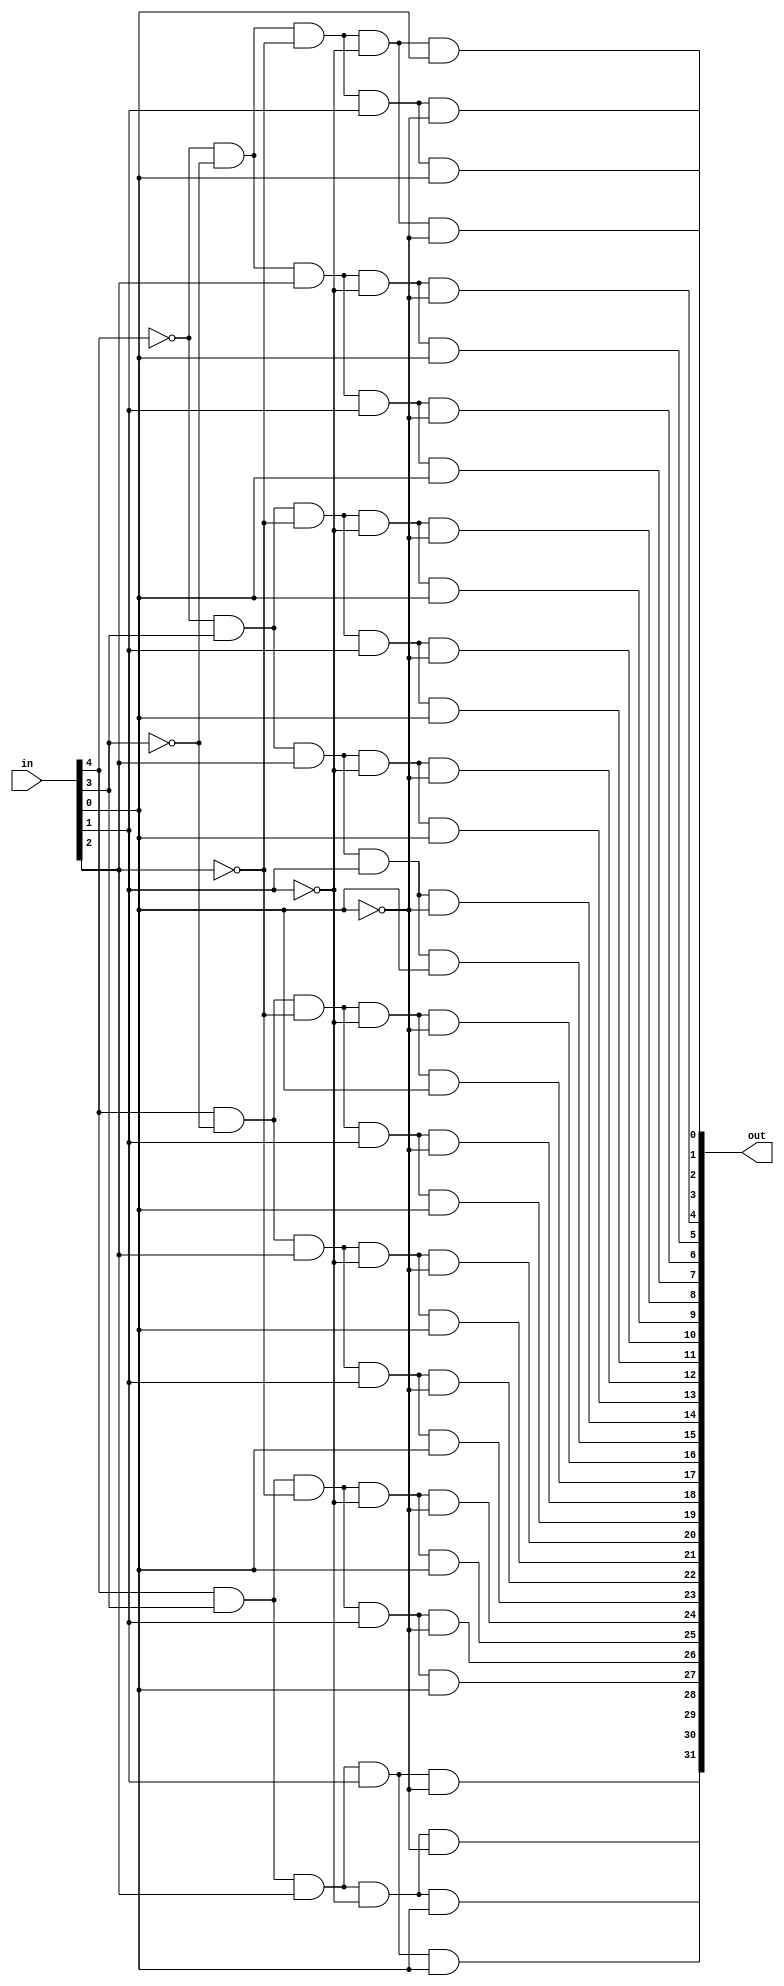
// Design a 5 to 32 decoder using behavioral level of abstraction.

module decoder_5to32(output [31:0] out,
                     input [4:0] in);

assign out[31] =   in[4]  &   in[3]  &   in[2]  &   in[1]  &   in[0] ;
assign out[30] =   in[4]  &   in[3]  &   in[2]  &   in[1]  & (~in[0]);
assign out[29] =   in[4]  &   in[3]  &   in[2]  & (~in[1]) &   in[0] ;
assign out[28] =   in[4]  &   in[3]  &   in[2]  & (~in[1]) & (~in[0]);
assign out[27] =   in[4]  &   in[3]  & (~in[2]) &   in[1]  &   in[0] ;
assign out[26] =   in[4]  &   in[3]  & (~in[2]) &   in[1]  & (~in[0]);
assign out[25] =   in[4]  &   in[3]  & (~in[2]) & (~in[1]) &   in[0] ;
assign out[24] =   in[4]  &   in[3]  & (~in[2]) & (~in[1]) & (~in[0]);
assign out[23] =   in[4]  & (~in[3]) &   in[2]  &   in[1]  &   in[0] ;
assign out[22] =   in[4]  & (~in[3]) &   in[2]  &   in[1]  & (~in[0]);
assign out[21] =   in[4]  & (~in[3]) &   in[2]  & (~in[1]) &   in[0] ;
assign out[20] =   in[4]  & (~in[3]) &   in[2]  & (~in[1]) & (~in[0]);
assign out[19] =   in[4]  & (~in[3]) & (~in[2]) &   in[1]  &   in[0] ;
assign out[18] =   in[4]  & (~in[3]) & (~in[2]) &   in[1]  & (~in[0]);
assign out[17] =   in[4]  & (~in[3]) & (~in[2]) & (~in[1]) &   in[0] ;
assign out[16] =   in[4]  & (~in[3]) & (~in[2]) & (~in[1]) & (~in[0]);
assign out[15] = (~in[4]) &   in[3]  &   in[2]  &   in[1]  &   in[0] ;
assign out[14] = (~in[4]) &   in[3]  &   in[2]  &   in[1]  & (~in[0]);
assign out[13] = (~in[4]) &   in[3]  &   in[2]  & (~in[1]) &   in[0] ;
assign out[12] = (~in[4]) &   in[3]  &   in[2]  & (~in[1]) & (~in[0]);
assign out[11] = (~in[4]) &   in[3]  & (~in[2]) &   in[1]  &   in[0] ;
assign out[10] = (~in[4]) &   in[3]  & (~in[2]) &   in[1]  & (~in[0]);
assign out[9] =  (~in[4]) &   in[3]  & (~in[2]) & (~in[1]) &   in[0] ;
assign out[8] =  (~in[4]) &   in[3]  & (~in[2]) & (~in[1]) & (~in[0]);
assign out[7] =  (~in[4]) & (~in[3]) &   in[2]  &   in[1]  &   in[0] ;
assign out[6] =  (~in[4]) & (~in[3]) &   in[2]  &   in[1]  & (~in[0]);
assign out[5] =  (~in[4]) & (~in[3]) &   in[2]  & (~in[1]) &   in[0] ;
assign out[4] =  (~in[4]) & (~in[3]) &   in[2]  & (~in[1]) & (~in[0]);
assign out[3] =  (~in[4]) & (~in[3]) & (~in[2]) &   in[1]  &   in[0] ;
assign out[2] =  (~in[4]) & (~in[3]) & (~in[2]) &   in[1]  & (~in[0]);
assign out[1] =  (~in[4]) & (~in[3]) & (~in[2]) & (~in[1]) &   in[0] ;
assign out[0] =  (~in[4]) & (~in[3]) & (~in[2]) & (~in[1]) & (~in[0]);

endmodule